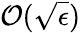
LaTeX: \mathcal{O}(\sqrt{\epsilon})